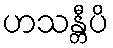
ဟသန္တီပိ